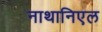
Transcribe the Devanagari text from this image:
नाथानिएल